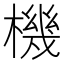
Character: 機